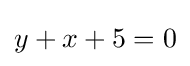
y+x+5=0